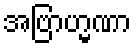
အဗြာဟ္မဏာ